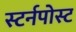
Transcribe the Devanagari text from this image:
स्टर्नपोस्ट